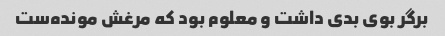
برگر بوی بدی داشت و معلوم بود که مرغش مونده‌ست